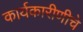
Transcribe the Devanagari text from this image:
कार्यकारीणीचे